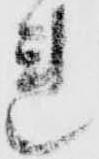
連